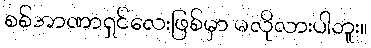
စစ်အာဏာရှင်လေးဖြစ်မှာ မလိုလားပါဘူး။